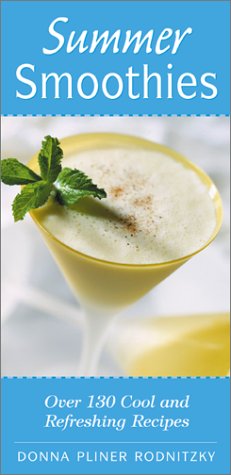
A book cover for Summer Smoothies: Over 130 Cool and Refreshing Recipes; Donna Pliner Rodnitzky; Cookbooks, Food & Wine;